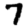
Digit: 7